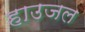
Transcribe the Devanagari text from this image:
हाउजल